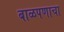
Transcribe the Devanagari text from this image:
बाळपणाचा